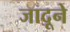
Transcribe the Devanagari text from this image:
जादूने